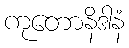
ကုတောနိဒါနံ